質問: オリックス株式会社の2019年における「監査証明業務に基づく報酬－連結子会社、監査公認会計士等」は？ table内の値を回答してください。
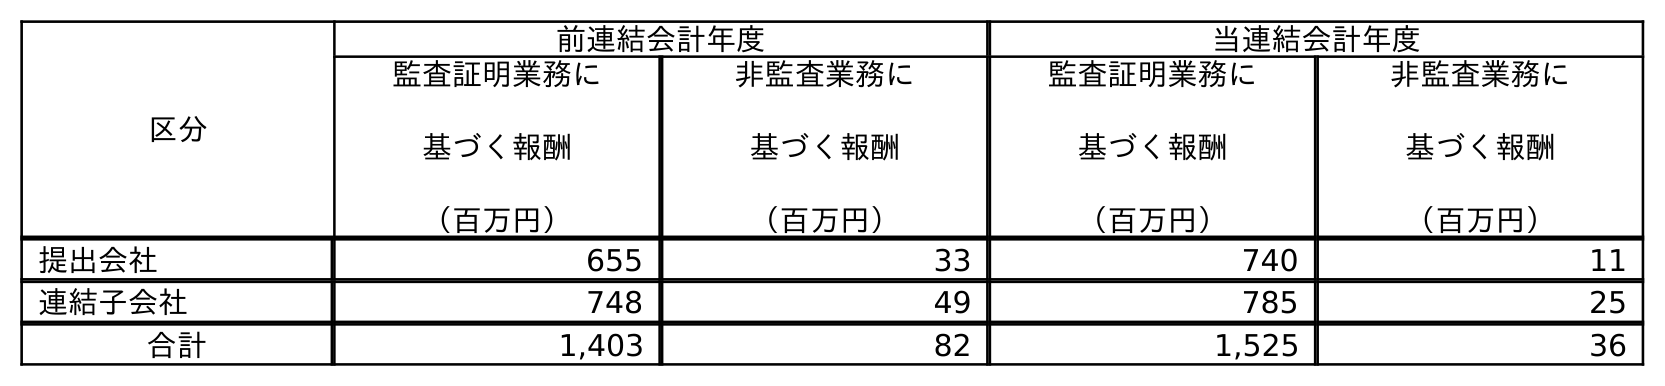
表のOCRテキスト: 区分 前連結会計年度 当連結会計年度 監査証明業務に 基づく報酬 （百万円） 非監査業務に 基づく報酬 （百万円） 監査証明業務に 基づく報酬 （百万円） 非監査業務に 基づく報酬 （百万円） 提出会社 655 33 740 11 連結子会社 748 49 785 25 合計 1,403 82 1,525 36
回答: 748